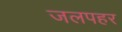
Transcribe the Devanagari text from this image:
जलपहर